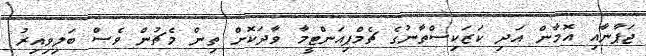
ޖަޕާނާއި އޮމާން އަދި ކަޒަކިސްތާނުގެ ޗެމްޕިއަންޓީމާ ވާދަކޮށް ތިން މެޗުން ވެސް ބަލިވިއިރު